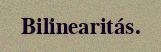
Bilinearitás.